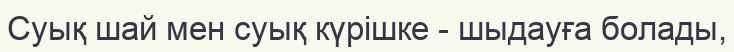
Суық шай мен суық күрішке - шыдауға болады,